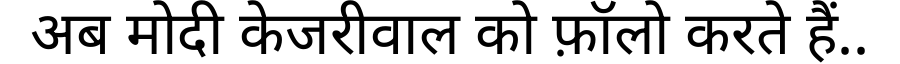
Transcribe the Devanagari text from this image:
अब मोदी केजरीवाल को फ़ॉलो करते हैं..